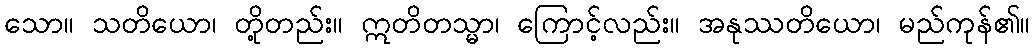
သော။ သတိယော၊ တို့တည်း။ ဣတိတသ္မာ၊ ကြောင့်လည်း။ အနုဿတိယော၊ မည်ကုန်၏။